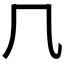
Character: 𠘨